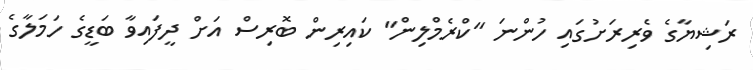
ރަޝިޔާގެ ވެރިރަށުގައި ހުންނަ "ކްރެމްލިން" ކައިރިން ބޮރިސް އަށް ދީފައިވާ ބަޑީގެ ހަމަލާގެ